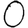
Digit: 0